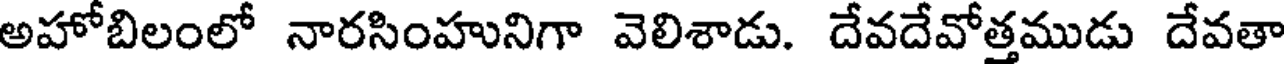
అహోబిలంలో నారసింహునిగా వెలిశాడు. దేవదేవోత్తముడు దేవతా